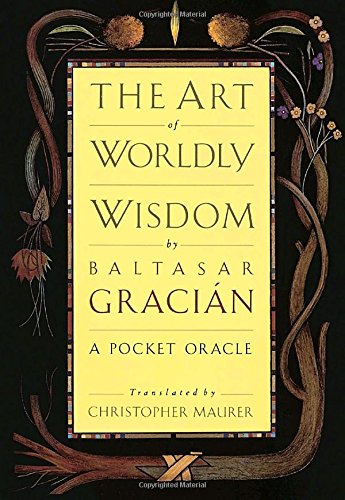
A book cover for The Art of Worldly Wisdom; Baltasar Gracian; Health, Fitness & Dieting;